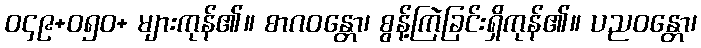
ဝ၄၉+၀၅ဝ+ များကုန်၏။ စာဂဝန္တော၊ စွန့်ကြဲခြင်းရှိကုန်၏။ ပညဝန္တော၊